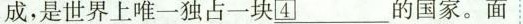
成，是世界上唯一独占一块__________的国家。面